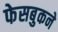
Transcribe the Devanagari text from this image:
फेसबुकने